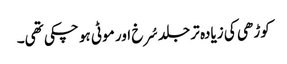
کوڑھی کی زیادہ تر جلد سُرخ اور موٹی ہو چکی تھی۔